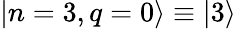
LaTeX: |n=3,q=0\rangle\equiv|3\rangle